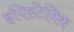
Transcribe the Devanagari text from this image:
इपिस्टेमिक